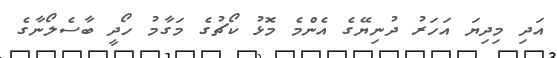
އަދި މިދިޔަ އަހަރު ދުނިޔޭގެ އެންމެ މޮޅު ކޯޗުގެ މަގާމު ހޯދީ ބާސެލޯނާގެ